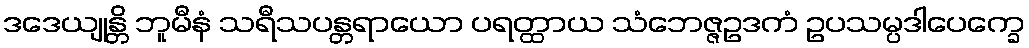
ဒဒေယျုန္တိ ဘူမီနံ သရီသပန္တရာယော ပရတ္ထာယ သံဘေဇ္ဇဥဒကံ ဥပသမ္ပဒါပေက္ခေ